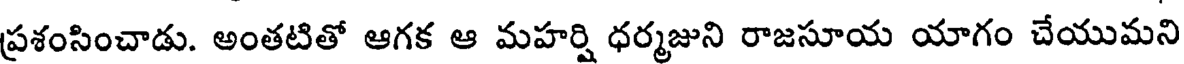
ప్రశంసించాడు. అంతటితో ఆగక ఆ మహర్షి ధర్మజుని రాజసూయ యాగం చేయుమని